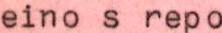
eino s repo